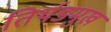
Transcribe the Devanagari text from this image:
तिर्थङमुख